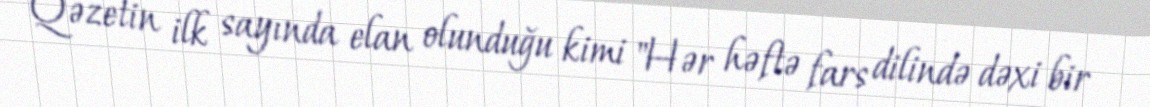
Qəzetin ilk sayında elan olunduğu kimi "Hər həftə fars dilində dəxi bir